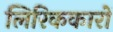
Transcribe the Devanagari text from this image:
लिरिककारों